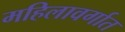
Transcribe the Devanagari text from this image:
महिलावर्गात